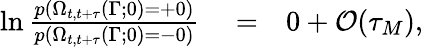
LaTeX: \begin{array}{rlr}{\ln\frac{p(\Omega_{t,t+\tau}(\Gamma;0)=+0)}{p(\Omega_{t,t+\tau}(\Gamma;0)=-0)}}&{{}=}&{0+\mathcal{O}(\tau_{M}),}\end{array}